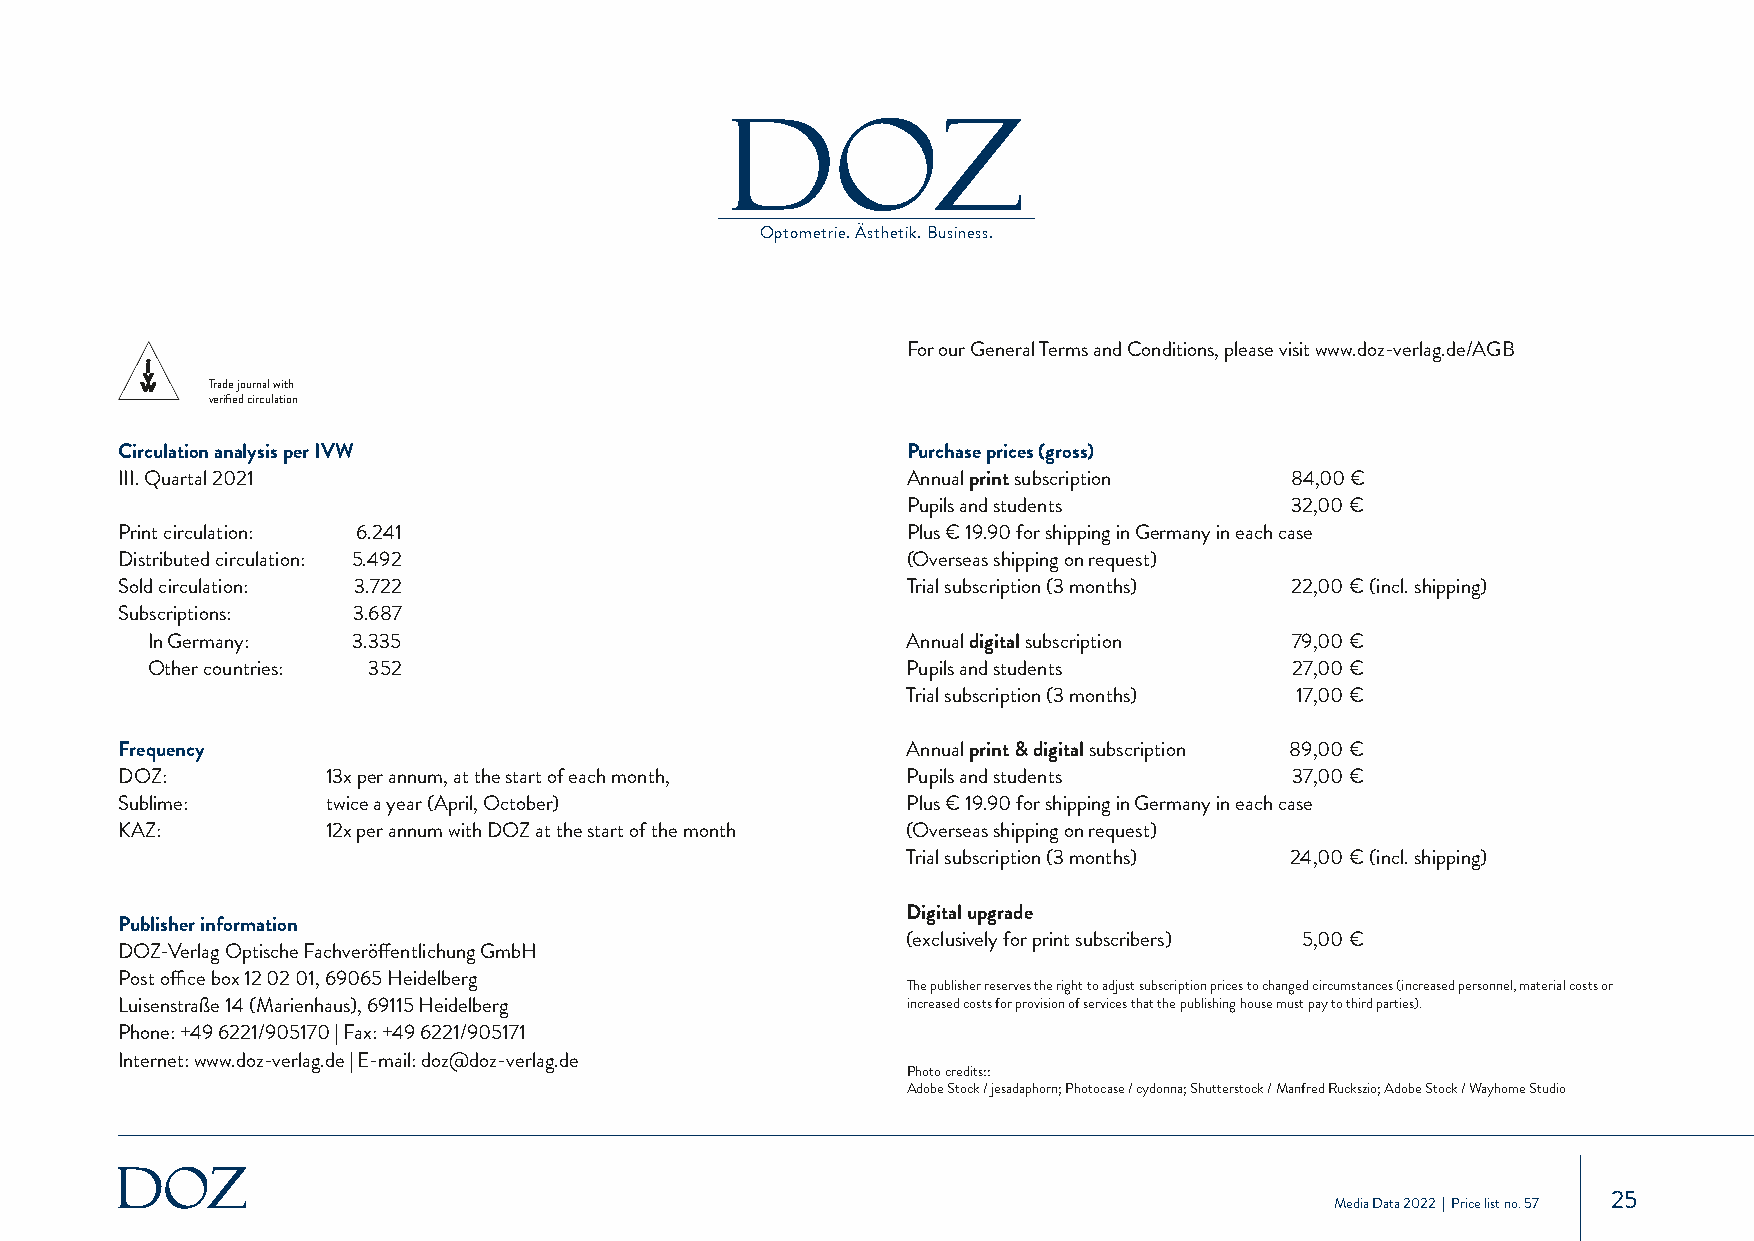
Optometrie. Ästhetik. Business.
 For our General Terms and Conditions, please visit www.doz-verlag.de/AGB
 Trade journal with
 verified circulation
 Circulation analysis per IVW                        Purchase prices (gross)
 III. Quartal 2021                                   Annual print subscription 84,00 €
 Pupils and students      32,00 €
 Print circulation: 6.241                            Plus € 19.90 for shipping in Germany in each case
 Distributed circulation: 5.492                      (Overseas shipping on request)
 Sold circulation: 3.722                             Trial subscription (3 months) 22,00 € (incl. shipping)
 Subscriptions: 3.687
 In Germany:  3.335                                Annual digital subscription 79,00 €
 Other countries: 352                              Pupils and students       27,00 €
 Trial subscription (3 months) 17,00 €
 Frequency                                           Annual print & digital subscription 89,00 €
 DOZ:          13x per annum, at the start of each month, Pupils and students  37,00 €
 Sublime:      twice a year (April, October)         Plus € 19.90 for shipping in Germany in each case
 KAZ:          12x per annum with DOZ at the start of the month (Overseas shipping on request)
 Trial subscription (3 months) 24,00 € (incl. shipping)
 Digital upgrade
 Publisher information
 (exclusively for print subscribers) 5,00 €
 DOZ-Verlag Optische Fachveröffentlichung GmbH
 Post office box 12 02 01, 69065 Heidelberg
 The publisher reserves the right to adjust subscription prices to changed circumstances (increased personnel, material costs or
 Luisenstraße 14 (Marienhaus), 69115 Heidelberg      increased costs for provision of services that the publishing house must pay to third parties).
 Phone: +49 6221/905170 | Fax: +49 6221/905171
 Internet: www.doz-verlag.de | E-mail: doz@doz-verlag.de
 Photo credits::
 Adobe Stock / jesadaphorn; Photocase / cydonna; Shutterstock / Manfred Ruckszio; Adobe Stock / Wayhome Studio
 25
 Media Data 2022 | Price list no. 57